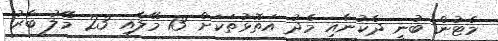
މެޓުން ބުނީ ދެކުނާއި މެދު އަތޮޅުތަކަށް 13 މޭލާއި 23 މޭލު ބާރު